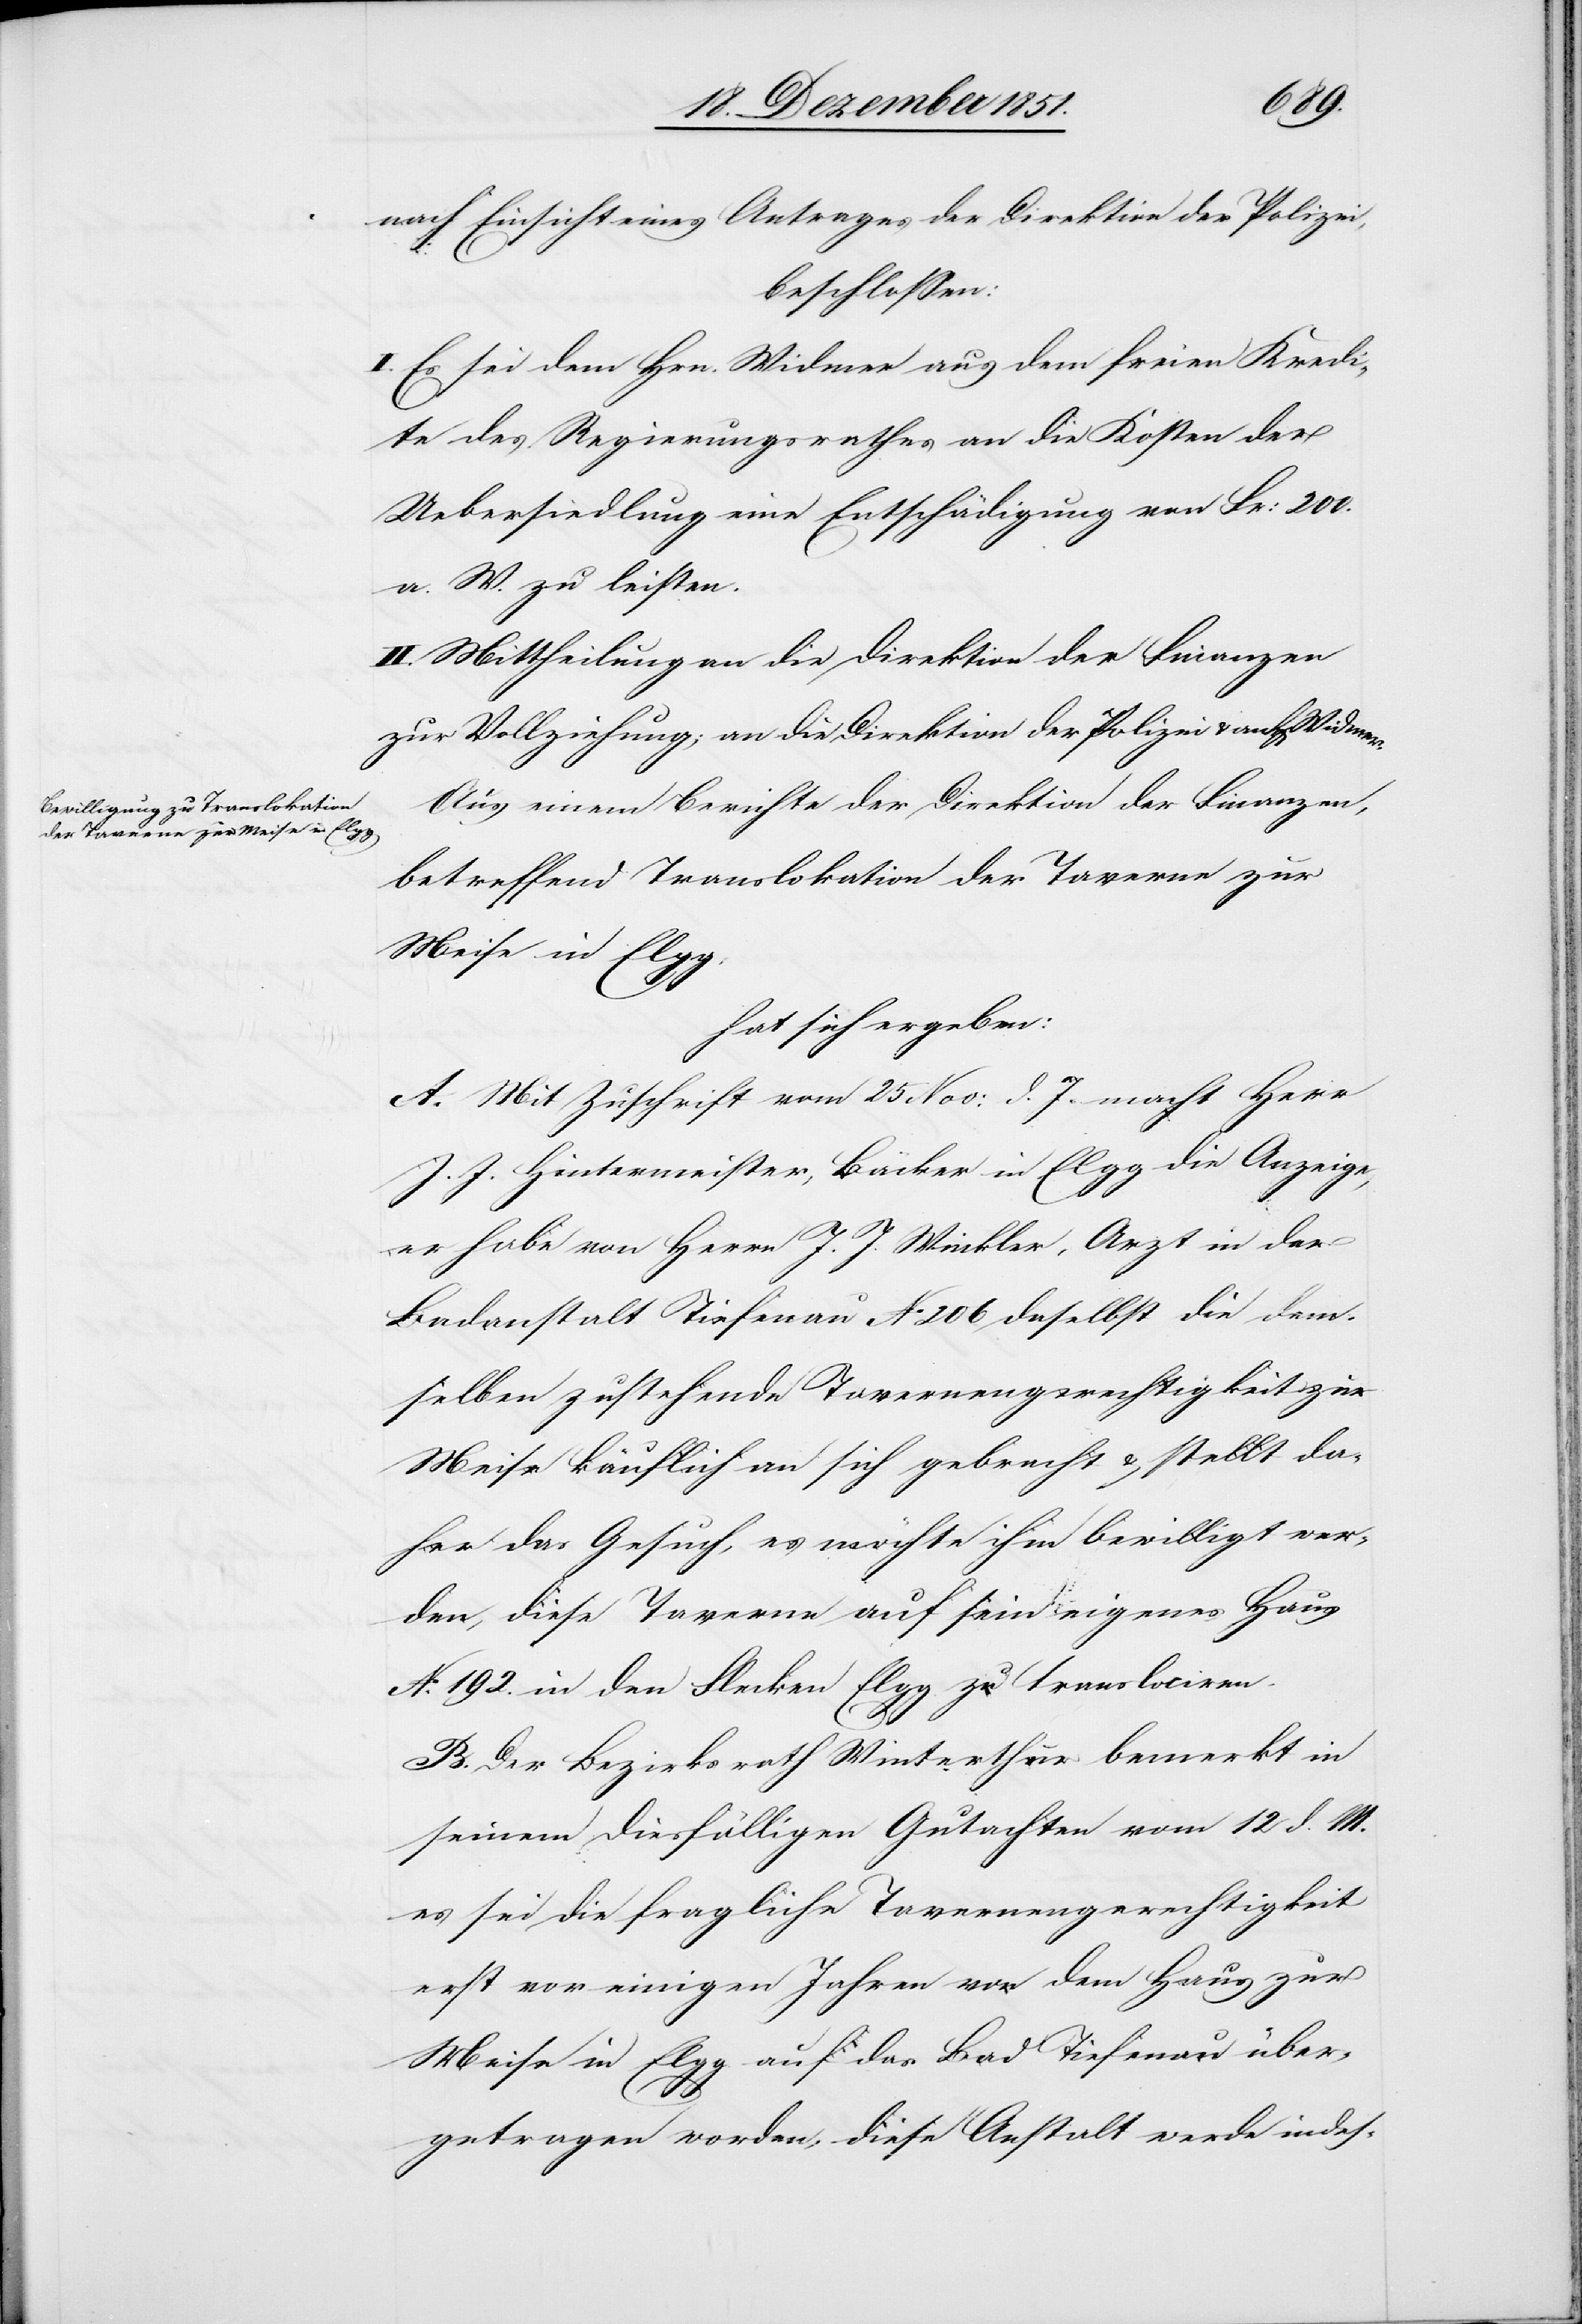
nach Einsicht eines Antrages der Direktion der Polizei,
beschlossen:
I. Es sei dem Hrn. Widmer aus dem freien Kredi¬
te des Regierungsrathes an die Kosten der
Uebersiedlung eine Entschädigung von Fr: 200.
a. W. zu leisten.
II. Mittheilung an die Direktion der Finanzen
zur Vollziehung; an die Direktion der Polizei & an H[errn]
Aus einem Berichte der Direktion der Finanzen,
betreffend Translokation der Taverne zur
Meise in Elgg,
hat sich ergeben:
A. Mit Zuschrift vom 25 Nov: d. J. macht Herr
J. J. Hintermeister, Bäcker in Elgg die Anzeige,
er habe von Herrn J. J. Winkler, Arzt in der
Badanstalt Tiefenau No 206 daselbst die dem¬
selben zustehende Tavernengerechtigkeit zur
Meise käuflich an sich gebracht & stellt da¬
her das Gesuch, es möchte ihm bewilligt wer¬
den, diese Taverne auf sein eigenes Haus
No. 192. in den Flecken Elgg zu translociren.
B. Der Bezirksrath Winterthur bemerkt in
seinem diesfälligen Gutachten vom 12 d. M.
es sei die fragliche Tavernengerechtigkeit
erst vor einigen Jahren von dem Haus zur
Meise in Elgg auf das Bad Tiefenau über¬
getragen worden, diese Anstalt werde indes-